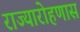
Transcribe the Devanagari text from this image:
राज्यारोहणास